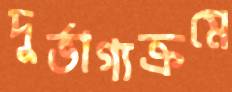
দুর্ভাগ্যক্রমে